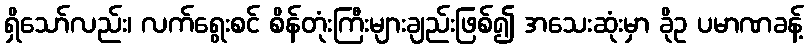
ရှိသော်လည်း၊ လက်ရွေးစင် စိန်တုံးကြီးများချည်းဖြစ်၍ အသေးဆုံးမှာ ခိုဥ ပမာဏခန့်